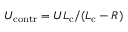
U _ { \mathrm { c o n t r } } = U L _ { \mathrm { c } } / ( L _ { \mathrm { c } } - R )